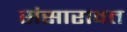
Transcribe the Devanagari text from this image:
संसारावत